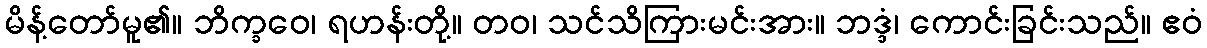
မိန့်တော်မူ၏။ ဘိက္ခဝေ၊ ရဟန်းတို့။ တဝ၊ သင်သိကြားမင်းအား။ ဘဒ္ဒံ၊ ကောင်းခြင်းသည်။ ဧဝံ